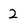
Character: 2